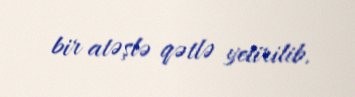
bir atəşlə qətlə yetirilib.